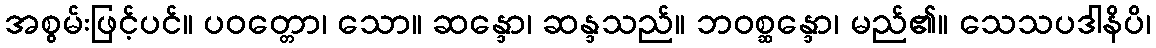
အစွမ်းဖြင့်ပင်။ ပဝတ္တော၊ သော။ ဆန္ဒော၊ ဆန္ဒသည်။ ဘဝစ္ဆန္ဒော၊ မည်၏။ သေသပဒါနိပိ၊